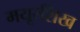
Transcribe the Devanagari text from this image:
मयूरशिख